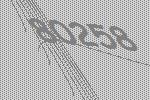
80258